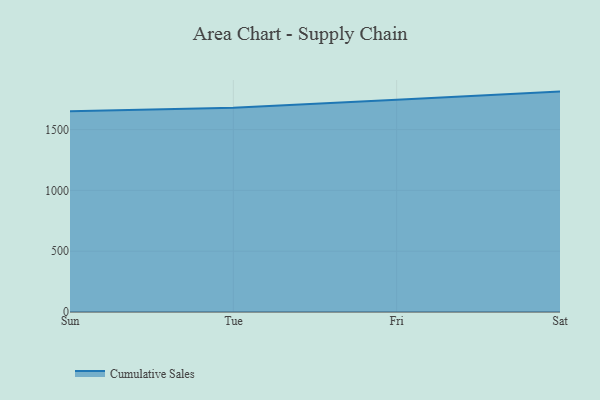
{"axis": {"x": "Day", "y": "Churn Rate (%)"}, "legend": ["Cumulative Sales"], "data": [{"x": "Sun", "y": 1651.0, "type": "Cumulative Sales"}, {"x": "Tue", "y": 1678.8, "type": "Cumulative Sales"}, {"x": "Fri", "y": 1746.1, "type": "Cumulative Sales"}, {"x": "Sat", "y": 1812.2, "type": "Cumulative Sales"}]}